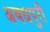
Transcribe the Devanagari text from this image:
अवधपुरी